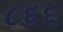
૮૬૬